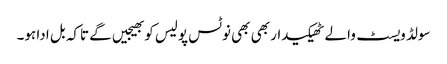
سولڈ ویسٹ والے ٹھیکیدار بھی بھی نوٹس پولیس کو بھیجیں گے تاکہ بل ادا ہو۔